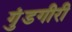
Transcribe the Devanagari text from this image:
गुंडगीरी